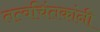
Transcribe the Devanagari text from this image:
तत्वचिंतकांनी